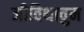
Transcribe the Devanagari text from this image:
जीविथावुम